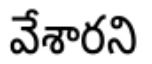
వేశారని